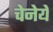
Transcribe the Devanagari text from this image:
चेनेये